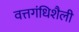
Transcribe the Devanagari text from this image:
वत्तगंधिशैली